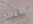
الأعظم